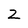
Character: Z